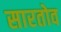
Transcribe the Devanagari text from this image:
सारतोव